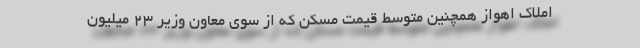
املاک اهواز همچنین متوسط قیمت مسکن که از سوی معاون وزیر ۲۳ میلیون